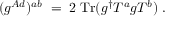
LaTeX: ( g ^ { A d } ) ^ { a b } \; = \; 2 \; \mathrm { T r } ( g ^ { \dagger } T ^ { a } g T ^ { b } ) \; .